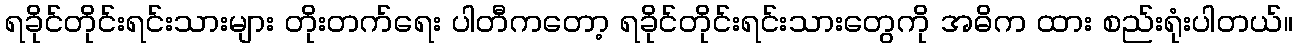
ရခိုင်တိုင်းရင်းသားများ တိုးတက်ရေး ပါတီကတော့ ရခိုင်တိုင်းရင်းသားတွေကို အဓိက ထား စည်းရုံးပါတယ်။